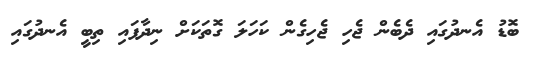
ބޮޑު އެނދުގައި ދެބެން ޖެހި ޖެހިގެން ކަހަލަ ގޮތަކަށް ނިދާފައި ތިބީ އެނދުގައި